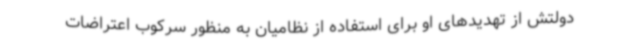
دولتش از تهدیدهای او برای استفاده از نظامیان به منظور سرکوب اعتراضات